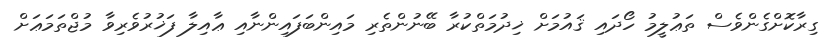
ގިރާކޮށްގެންވެސް ތަޢުލީމު ހޯދައި ޤައުމަށް ޚިދުމަތްކުރާ ބޭނުންތެރި މައިންބަފައިންނާއި ޢާއިލާ ފަޚުރުވެރިވާ މުޖްތަމަޢަށް